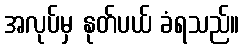
အလုပ်မှ နုတ်ပယ် ခံရသည်။